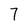
Character: 7